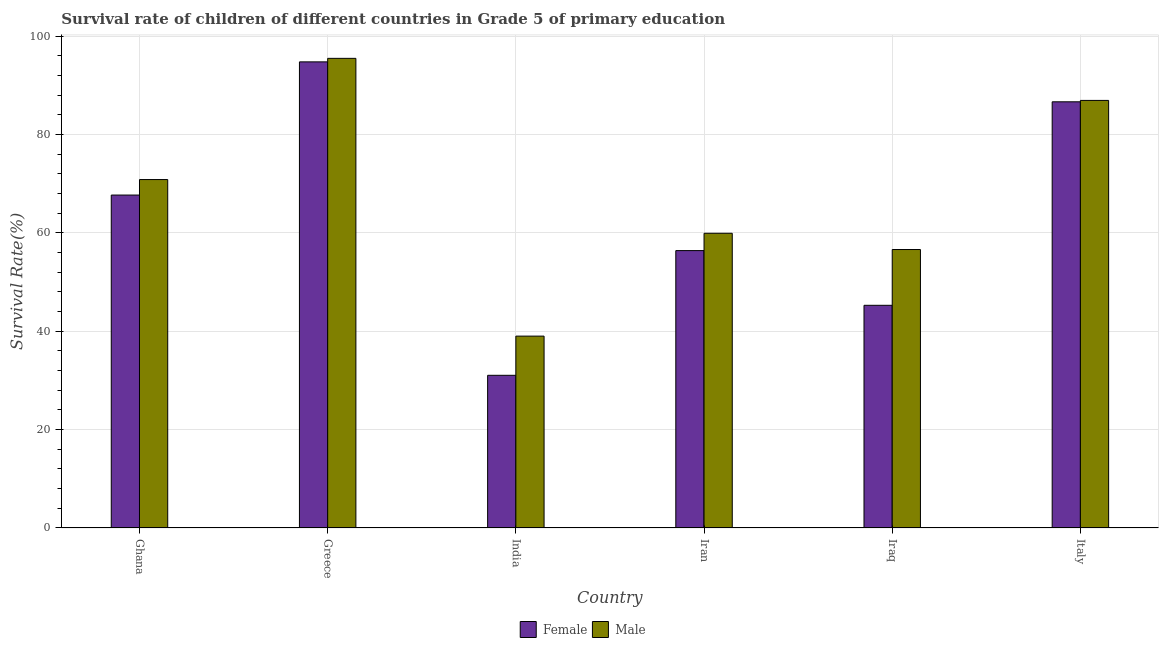
| Country | Female | Male |
 | --- | --- | --- |
 | Ghana | 67.7 | 70.8 |
 | Greece | 94.8 | 95.5 |
 | India | 31 | 39 |
 | Iran | 56.4 | 59.9 |
 | Iraq | 45.3 | 56.6 |
 | Italy | 86.6 | 86.9 |